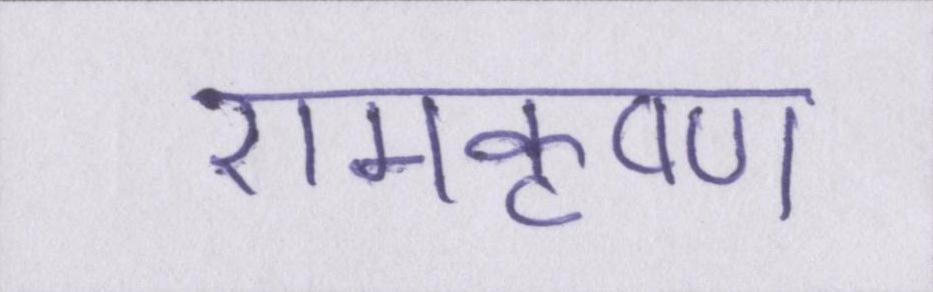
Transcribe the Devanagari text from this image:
रामकृष्ण